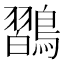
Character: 𪄶